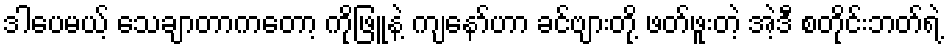
ဒါပေမယ့် သေချာတာကတော့ ကိုဖြူနဲ့ ကျနော်ဟာ ခင်ဗျားတို့ ဖတ်ဖူးတဲ့ အဲ့ဒီ စတိုင်းဘတ်ရဲ့